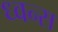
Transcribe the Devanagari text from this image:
ध्वन्स